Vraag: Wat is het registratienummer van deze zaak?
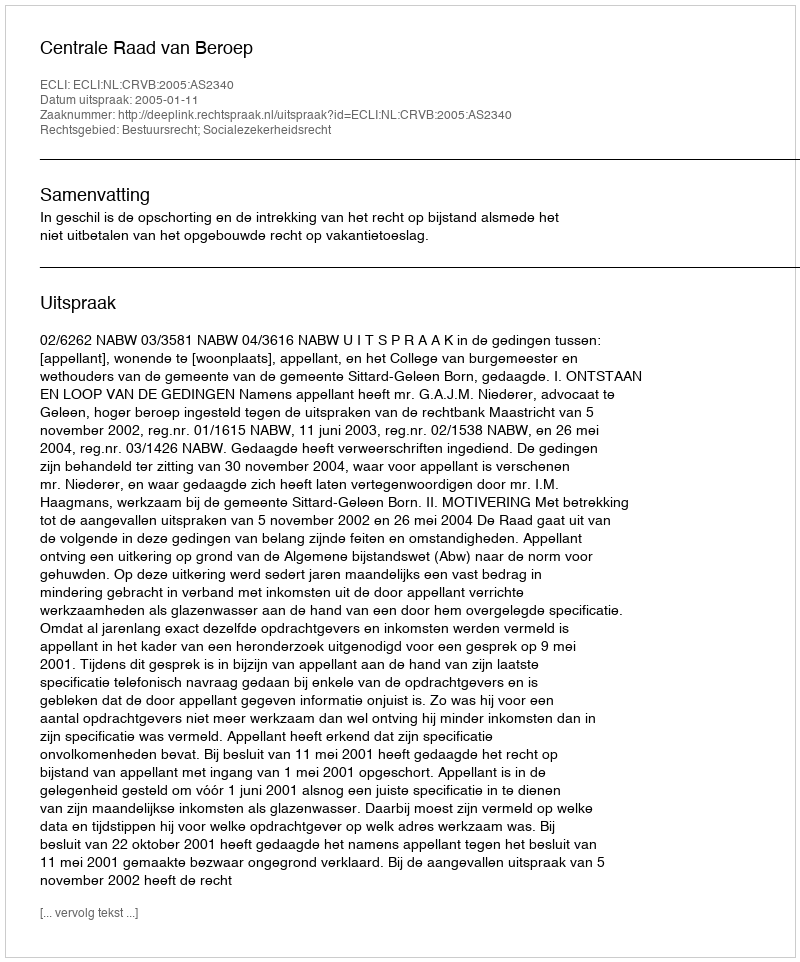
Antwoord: http://deeplink.rechtspraak.nl/uitspraak?id=ECLI:NL:CRVB:2005:AS2340